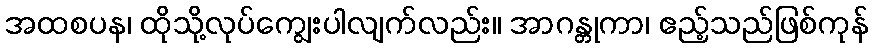
အထစပန၊ ထိုသို့လုပ်ကျွေးပါလျက်လည်း။ အာဂန္တုကာ၊ ဧည့်သည်ဖြစ်ကုန်